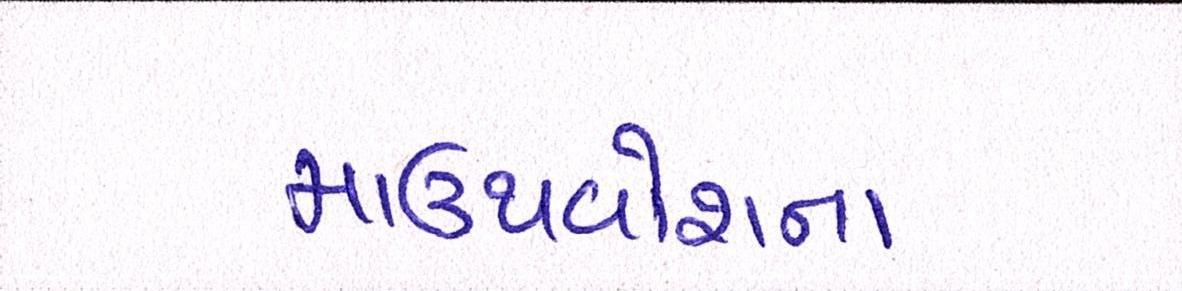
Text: માઉથવોશના